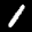
Label: 1